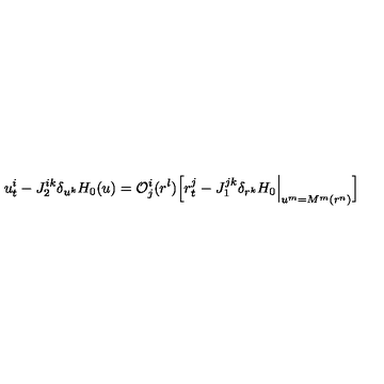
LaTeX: u _ { t } ^ { i } - J _ { 2 } ^ { i k } \delta _ { u ^ { k } } H _ { 0 } ( u ) = { \cal O } _ { j } ^ { i } ( r ^ { l } ) \Big [ r _ { t } ^ { j } - J _ { 1 } ^ { j k } \delta _ { r ^ { k } } H _ { 0 } \Big | _ { u ^ { m } = M ^ { m } ( r ^ { n } ) } \Big ]